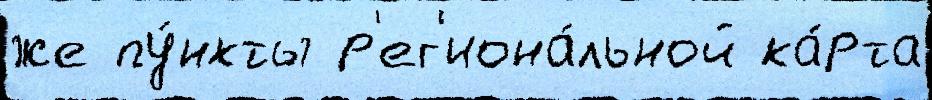
же пу́нкты р'ег'иона́льной ка́рта